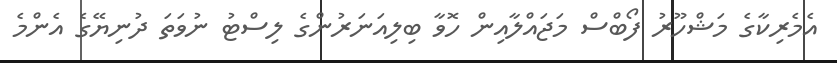
އެމެރިކާގެ މަޝްހޫރު ފޯބްސް މަޖައްލާއިން ހޮވާ ބިލިއަނަރުންގެ ލިސްޓު ނުވަތަ ދުނިޔޭގެ އެންމެ